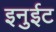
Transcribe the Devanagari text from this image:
इनुईट